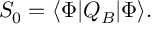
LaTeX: S _ { 0 } = \langle \Phi | Q _ { B } | \Phi \rangle .